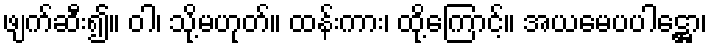
ဖျက်ဆီး၍။ ဝါ၊ သို့မဟုတ်။ ထန်းကား၊ ထို့ကြောင့်။ အယမေပပါဋ္ဌော၊